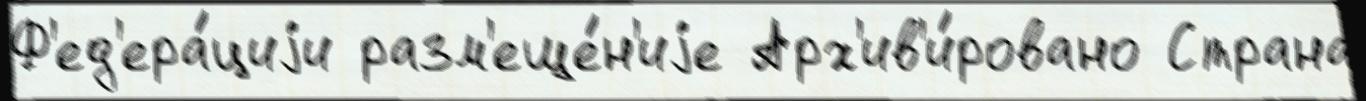
Ф'ед'ера́циjи разм'еще́н'иjе Арх'ив'и́ровано Страна́